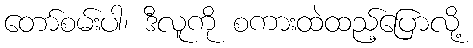
တော်စမ်းပါ၊ ဒီလူကို စကားထဲထည့်ပြောလို့